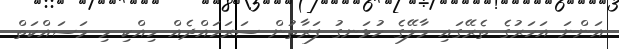
އަންނަ އަހަރުގެ ތެރޭގައި މާލޭގެ ހުޅަނގު ފަރާތުން ސަރަހައްދެއް ހިއްކި މި މަސައްކަތް